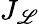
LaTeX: J_{\mathscr{L}}